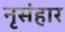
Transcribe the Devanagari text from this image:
नृसंहार